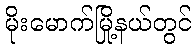
မိုးမောက်မြို့နယ်တွင်